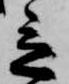
立